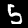
Digit: 5